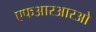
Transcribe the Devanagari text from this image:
एफआरआरओ